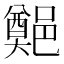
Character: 𨞀